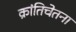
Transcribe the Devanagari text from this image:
क्रांतिचेतना